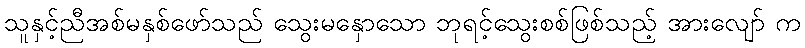
သူနှင့်ညီအစ်မနှစ်ဖော်သည် သွေးမနှောသော ဘုရင့်သွေးစစ်ဖြစ်သည့် အားလျော် က